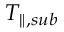
T _ { \parallel , s u b }